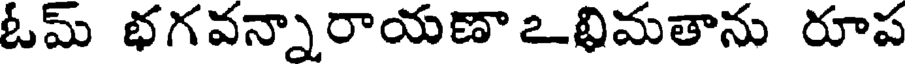
ఓమ్ భగవన్నారాయణా ఒభిమతాను రూప